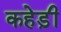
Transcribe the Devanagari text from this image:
कहेड़ी